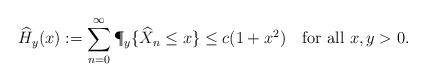
LaTeX: \begin{align*}\widehat H_y(x):=\sum_{n=0}^\infty \P_y\{\widehat X_n\le x\}\le c(1+x^2)\quad\mbox{for all }x,y>0.\end{align*}